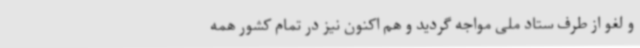
و لغو از طرف ستاد ملی مواجه گردید و هم اکنون نیز در تمام کشور همه